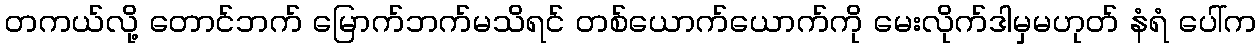
တကယ်လို့ တောင်ဘက် မြောက်ဘက်မသိရင် တစ်ယောက်ယောက်ကို မေးလိုက်ဒါမှမဟုတ် နံရံ ပေါ်က